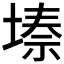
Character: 𭏌